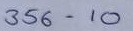
356 = 10